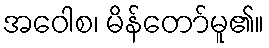
အဝေါစ၊ မိန်တော်မူ၏။